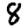
Digit: 8